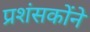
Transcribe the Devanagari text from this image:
प्रशंसकोंने